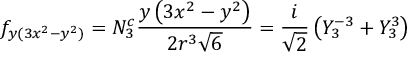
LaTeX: f _ { y ( 3 x ^ { 2 } - y ^ { 2 } ) } = N _ { 3 } ^ { c } { \frac { y \left( 3 x ^ { 2 } - y ^ { 2 } \right) } { 2 r ^ { 3 } { \sqrt { 6 } } } } = { \frac { i } { \sqrt { 2 } } } \left( Y _ { 3 } ^ { - 3 } + Y _ { 3 } ^ { 3 } \right)